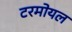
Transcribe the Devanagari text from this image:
टरमोयल